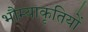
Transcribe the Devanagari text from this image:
भौम्याकृतियों